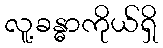
လူ့ခန္ဓာကိုယ်ရှိ